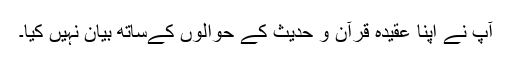
آپ نے اپنا عقیدہ قرآن و حدیث کے حوالوں کےساتھ بیان نہیں کیا۔